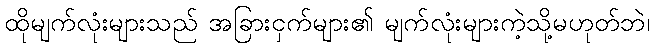
ထိုမျက်လုံးများသည် အခြားငှက်များ၏ မျက်လုံးများကဲ့သို့မဟုတ်ဘဲ၊